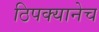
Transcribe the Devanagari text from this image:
ठिपक्यानेच